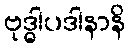
ဗုဒ္ဓါပဒါနာနိ